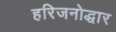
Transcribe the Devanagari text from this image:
हरिजनोद्धार